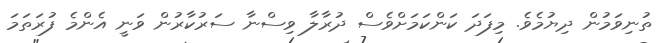
ތުނިވަމުން ދިޔުމެވެ. މިފަދަ ކަންކަމަށްވެސް ދުރާލާ ވިސްނާ ސަރުކާރުން ވަނީ އެންމެ ފުރަތަމަ